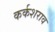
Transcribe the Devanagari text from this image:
कर्कशराव